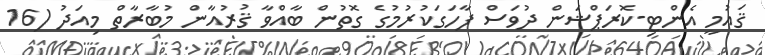
ޤައުމީ އެންޓި-ކޮރަޕްޝަން ދުވަސް ފާހަގަކުރުމުގެ ގޮތުން ބާއްވާ ޤުރުއާން މުބާރާތް މިއަދު (16